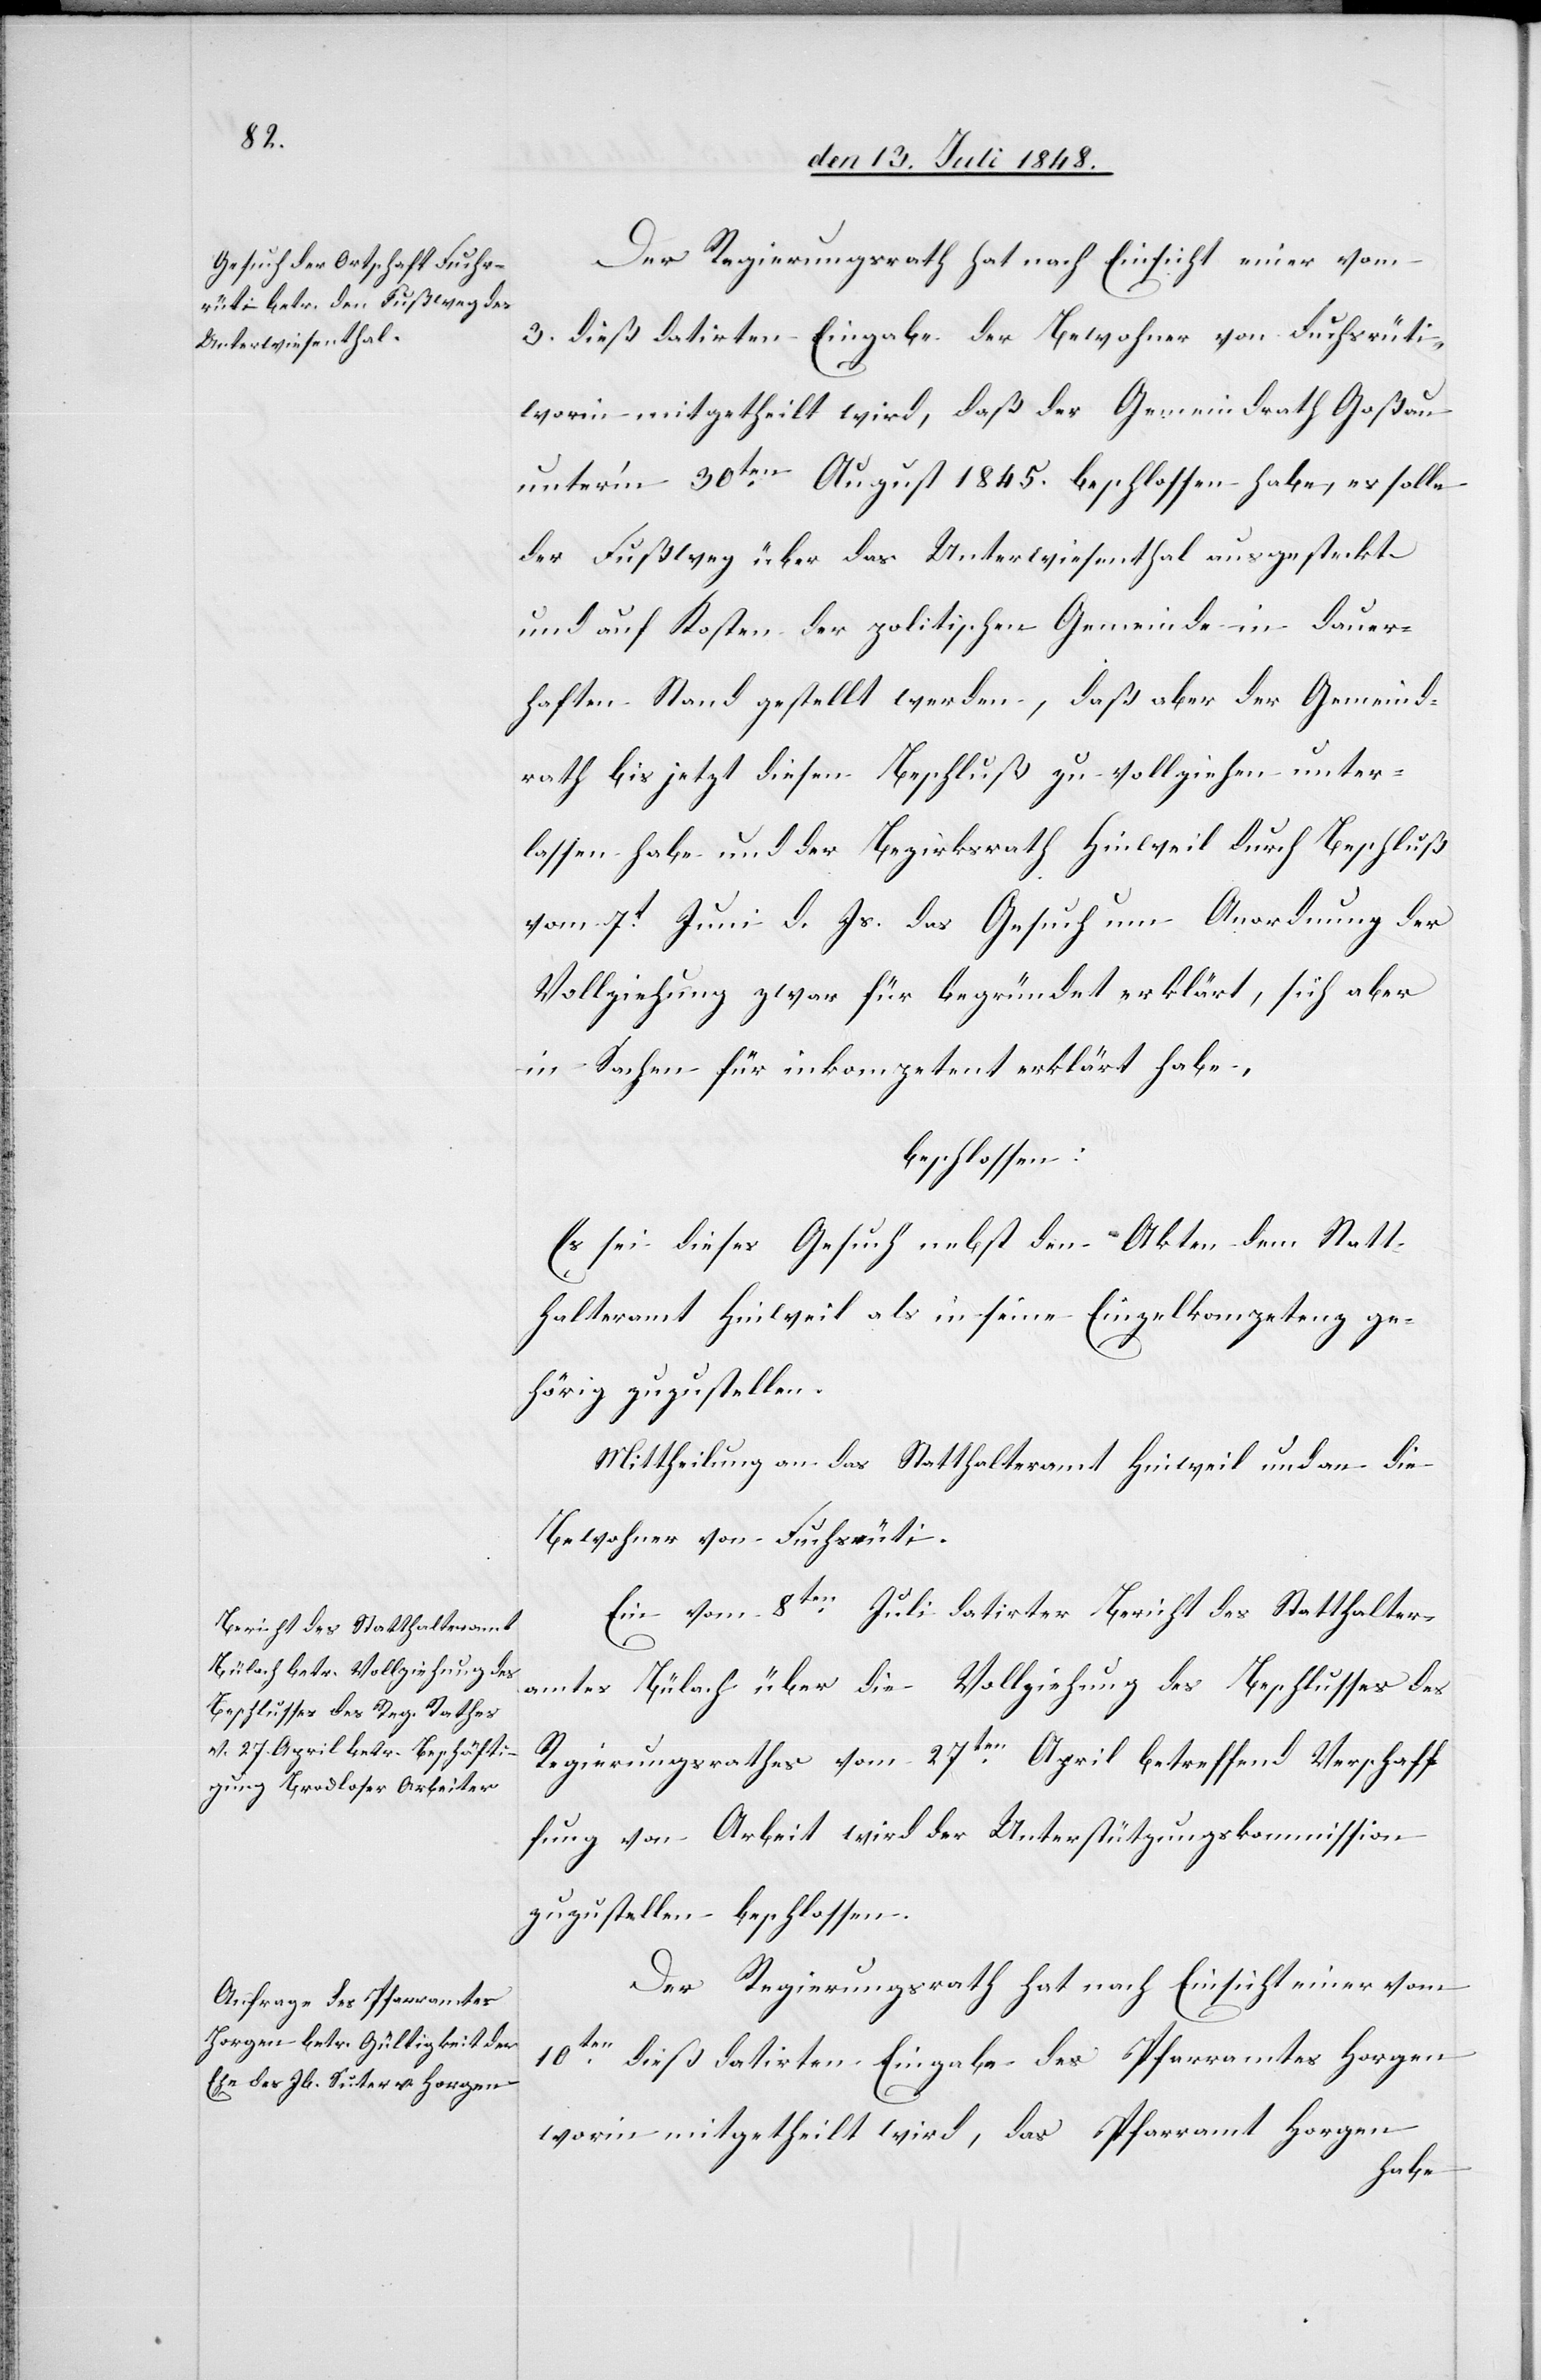
Der Regierungsrath hat nach Einsicht einer vom
3. dieß datirten Eingabe der Bewohner von Fuchsrüti,
worin mitgetheilt wird, daß der Gemeindrath Goßau
unter’m 30ten August 1845. beschlossen habe, es solle
der Fußweg über das Unterwiesenthal ausgesteckt
und auf Kosten der politischen Gemeinde in dauer¬
haften Stand gestellt werden, daß aber der Gemeind¬
rath bis jetzt diesen Beschluß zu vollziehen unter¬
lassen habe und der Bezirksrath Hinweil durch Beschluß
vom 7t Juni d. Js. das Gesuch um Anordnung der
Vollziehung zwar für begründet erklärt, sich aber
in Sachen für inkompetent erklärt habe.
beschlossen:
Es sei dieses Gesuch nebst den Akten dem Statt¬
halteramt Hinweil als in seine Einzelkompetenz ge¬
hörig zuzustellen.
Ein vom 8ten Juli datirter Bericht des Statthalter¬
amtes Bülach über die Vollziehung des Beschlusses des
Regierungsrathes vom 27ten April betreffend Verschaf¬
fung von Arbeit wird der Unterstützungskommission
zuzustellen beschlossen.
Der Regierungsrath hat nach Einsicht einer vom
10ten dieß datirten Eingabe des Pfarramtes Horgen
worin mitgetheilt wird, das Pfarramt Horgen